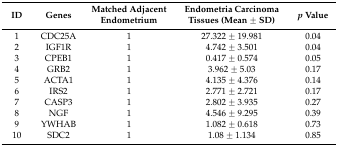
<table><thead><tr><td><b>ID</b></td><td><b>Genes</b></td><td><b>Matched Adjacent Endometrium</b></td><td><b>Endometria Carcinoma Tissues (Mean ± SD)</b></td><td><b><i>p</i> Value</b></td></tr></thead><tbody><tr><td>1</td><td>CDC25A</td><td>1</td><td>27.322 ± 19.981</td><td>0.04</td></tr><tr><td>2</td><td>IGF1R</td><td>1</td><td>4.742 ± 3.501</td><td>0.04</td></tr><tr><td>3</td><td>CPEB1</td><td>1</td><td>0.417 ± 0.574</td><td>0.05</td></tr><tr><td>4</td><td>GRB2</td><td>1</td><td>3.962 ± 5.03</td><td>0.17</td></tr><tr><td>5</td><td>ACTA1</td><td>1</td><td>4.135 ± 4.376</td><td>0.14</td></tr><tr><td>6</td><td>IRS2</td><td>1</td><td>2.771 ± 2.721</td><td>0.17</td></tr><tr><td>7</td><td>CASP3</td><td>1</td><td>2.802 ± 3.935</td><td>0.27</td></tr><tr><td>8</td><td>NGF</td><td>1</td><td>4.546 ± 9.295</td><td>0.39</td></tr><tr><td>9</td><td>YWHAB</td><td>1</td><td>1.082 ± 0.618</td><td>0.73</td></tr><tr><td>10</td><td>SDC2</td><td>1</td><td>1.08 ± 1.134</td><td>0.85</td></tr></tbody></table>